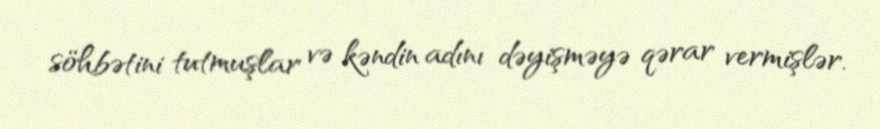
söhbətini tutmuşlar və kəndin adını dəyişməyə qərar vermişlər.